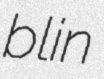
blin